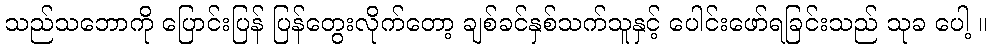
သည်သဘောကို ပြောင်းပြန် ပြန်တွေးလိုက်တော့ ချစ်ခင်နှစ်သက်သူနှင့် ပေါင်းဖော်ရခြင်းသည် သုခ ပေါ့ ။